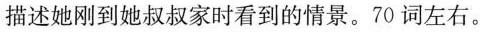
描述她刚到她叔叔家时看到的情景.70 词左右。